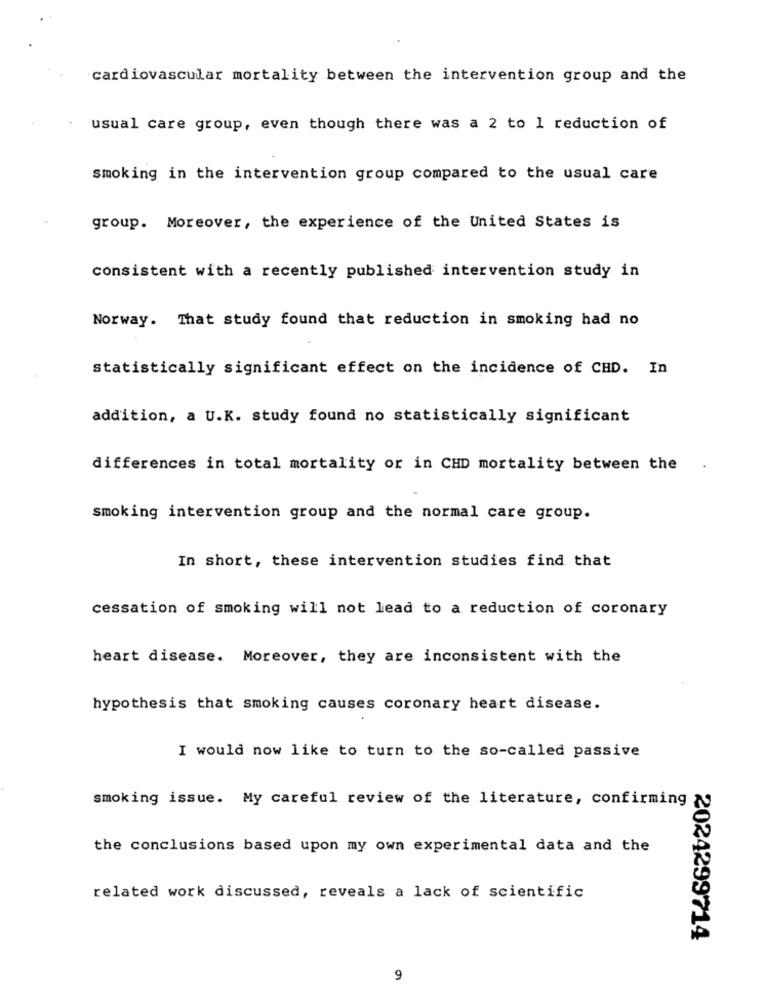
cardiovascular mortality between the intervention group and the
usual care group, even though there was a 2 to 1 reduction of
smoking in the intervention group compared to the usual care
group. Moreover, the experience of the United States is
consistent with a recently published intervention study in
Norway. That study found that reduction in smoking had no
statistically significant effect on the incidence of CHD. In
addition, a U.K. study found no statistically significant
differences in total mortality or in CHD mortality between the .
smoking intervention group and the normal care group.
In short, these intervention studies find that
cessation of smoking will not lead to a reduction of coronary
heart disease. Moreover, they are inconsistent with the
hypothesis that smoking causes coronary heart disease.
I would now like to turn to the so-called passive
smoking issue. My careful review of the literature, confirming &
the conclusions based upon my own experimental data and the
related work discussed, reveals a lack of scientific
2024299714
9